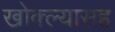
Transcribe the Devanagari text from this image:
खोक्ल्यासह